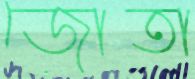
জোতা